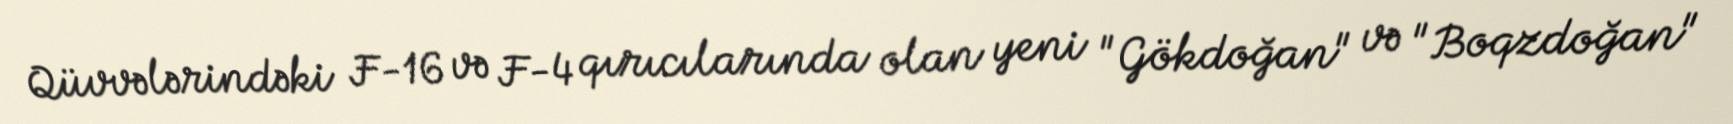
Qüvvələrindəki F-16 və F-4 qırıcılarında olan yeni "Gökdoğan" və "Boqzdoğan"